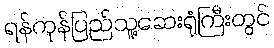
ရန်ကုန်ပြည်သူ့ဆေးရုံကြီးတွင်